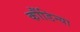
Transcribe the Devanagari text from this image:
कौंडिन्या